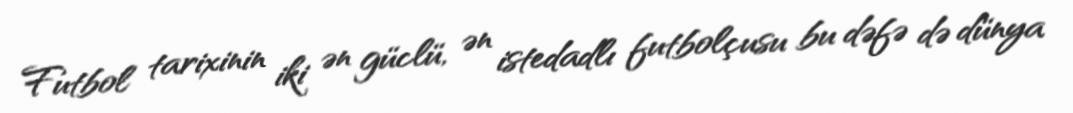
Futbol tarixinin iki ən güclü, ən istedadlı futbolçusu bu dəfə də dünya